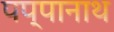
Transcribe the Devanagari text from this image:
पप्पानाथ